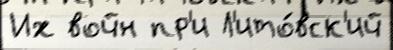
Их войн пр'и Л'ито́вск'ий